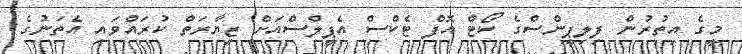
މީގެ އިތުރުން ފިލިޕީންސްގެ ކޯޓް އޮފް ޓެކްސް އެޕީލްސްއަށް ޒިޔާރަތް ކުރައްވައި އެތަނުގެ